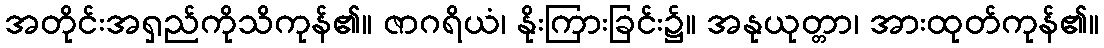
အတိုင်းအရှည်ကိုသိကုန်၏။ ဇာဂရိယံ၊ နိုးကြားခြင်း၌။ အနုယုတ္တာ၊ အားထုတ်ကုန်၏။